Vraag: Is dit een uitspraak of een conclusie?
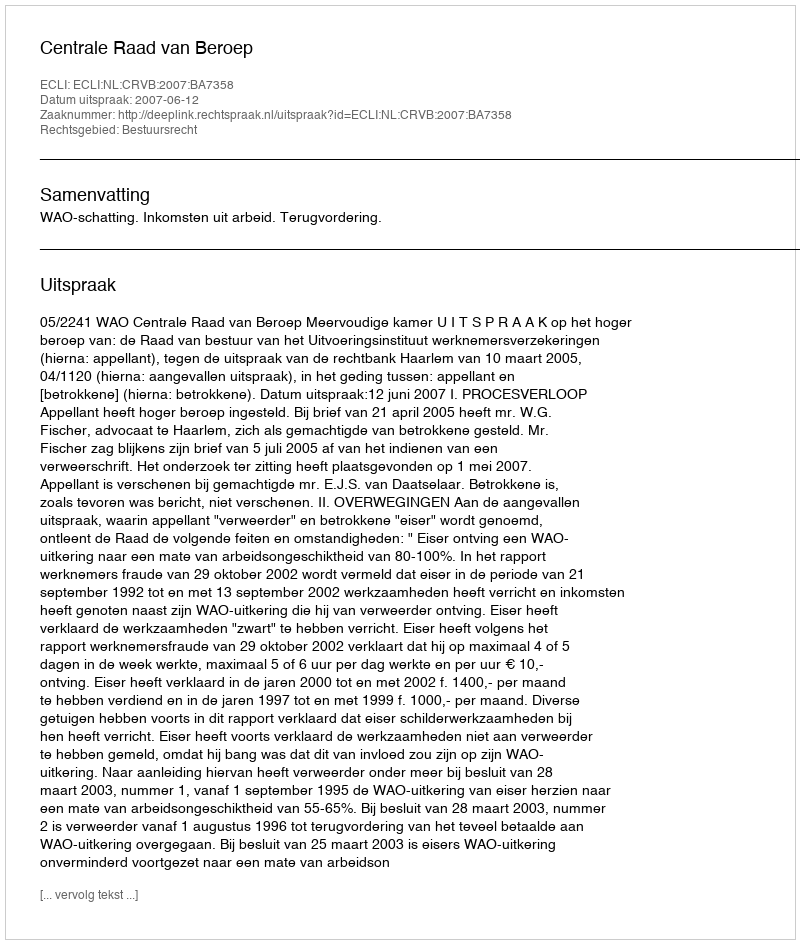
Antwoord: Uitspraak